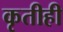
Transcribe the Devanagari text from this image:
कृतीही